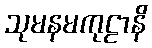
သုမနမကုဠာနိ